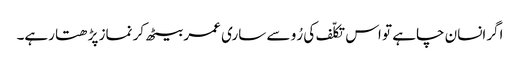
اگرانسان چاہے تو اس تکلّف کی رُو سے ساری عمر بیٹھ کر نماز پڑھتا رہے۔